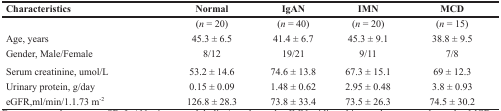
| Characteristics | Normal | IgAN | IMN | MCD |
 | --- | --- | --- | --- | --- |
 |  | (n = 20) | (n = 40) | (n = 20) | (n = 15) |
 | Age, years | 45.3 ± 6.5 | 41.4 ± 6.7 | 45.3 ± 9.1 | 38.8 ± 9.5 |
 | Gender, Male/Female | 8/12 | 19/21 | 9/11 | 7/8 |
 | Serum creatinine, umol/L | 53.2 ± 14.6 | 74.6 ± 13.8 | 67.3 ± 15.1 | 69 ± 12.3 |
 | Urinary protein, g/day | 0.15 ± 0.09 | 1.48 ± 0.62 | 2.95 ± 0.48 | 3.8 ± 0.93 |
 | eGFR,ml/min/1.1.73 m-2 | 126.8 ± 28.3 | 73.8 ± 33.4 | 73.5 ± 26.3 | 74.5 ± 30.2 |